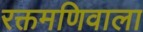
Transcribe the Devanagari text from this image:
रक्तमणिवाला